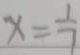
x = \frac { 1 } { 7 }